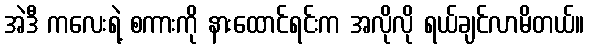
အဲဒီ ကလေးရဲ့ စကားကို နားထောင်ရင်းက အလိုလို ရယ်ချင်လာမိတယ်။